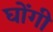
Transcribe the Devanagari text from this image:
घोंगी